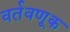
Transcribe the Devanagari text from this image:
वर्तवणूक